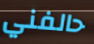
حالفني